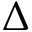
\Delta